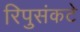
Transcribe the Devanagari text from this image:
रिपुसंकटे